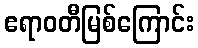
ဧရာဝတီမြစ်ကြောင်း